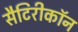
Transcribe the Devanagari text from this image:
सैटिरीकॉन